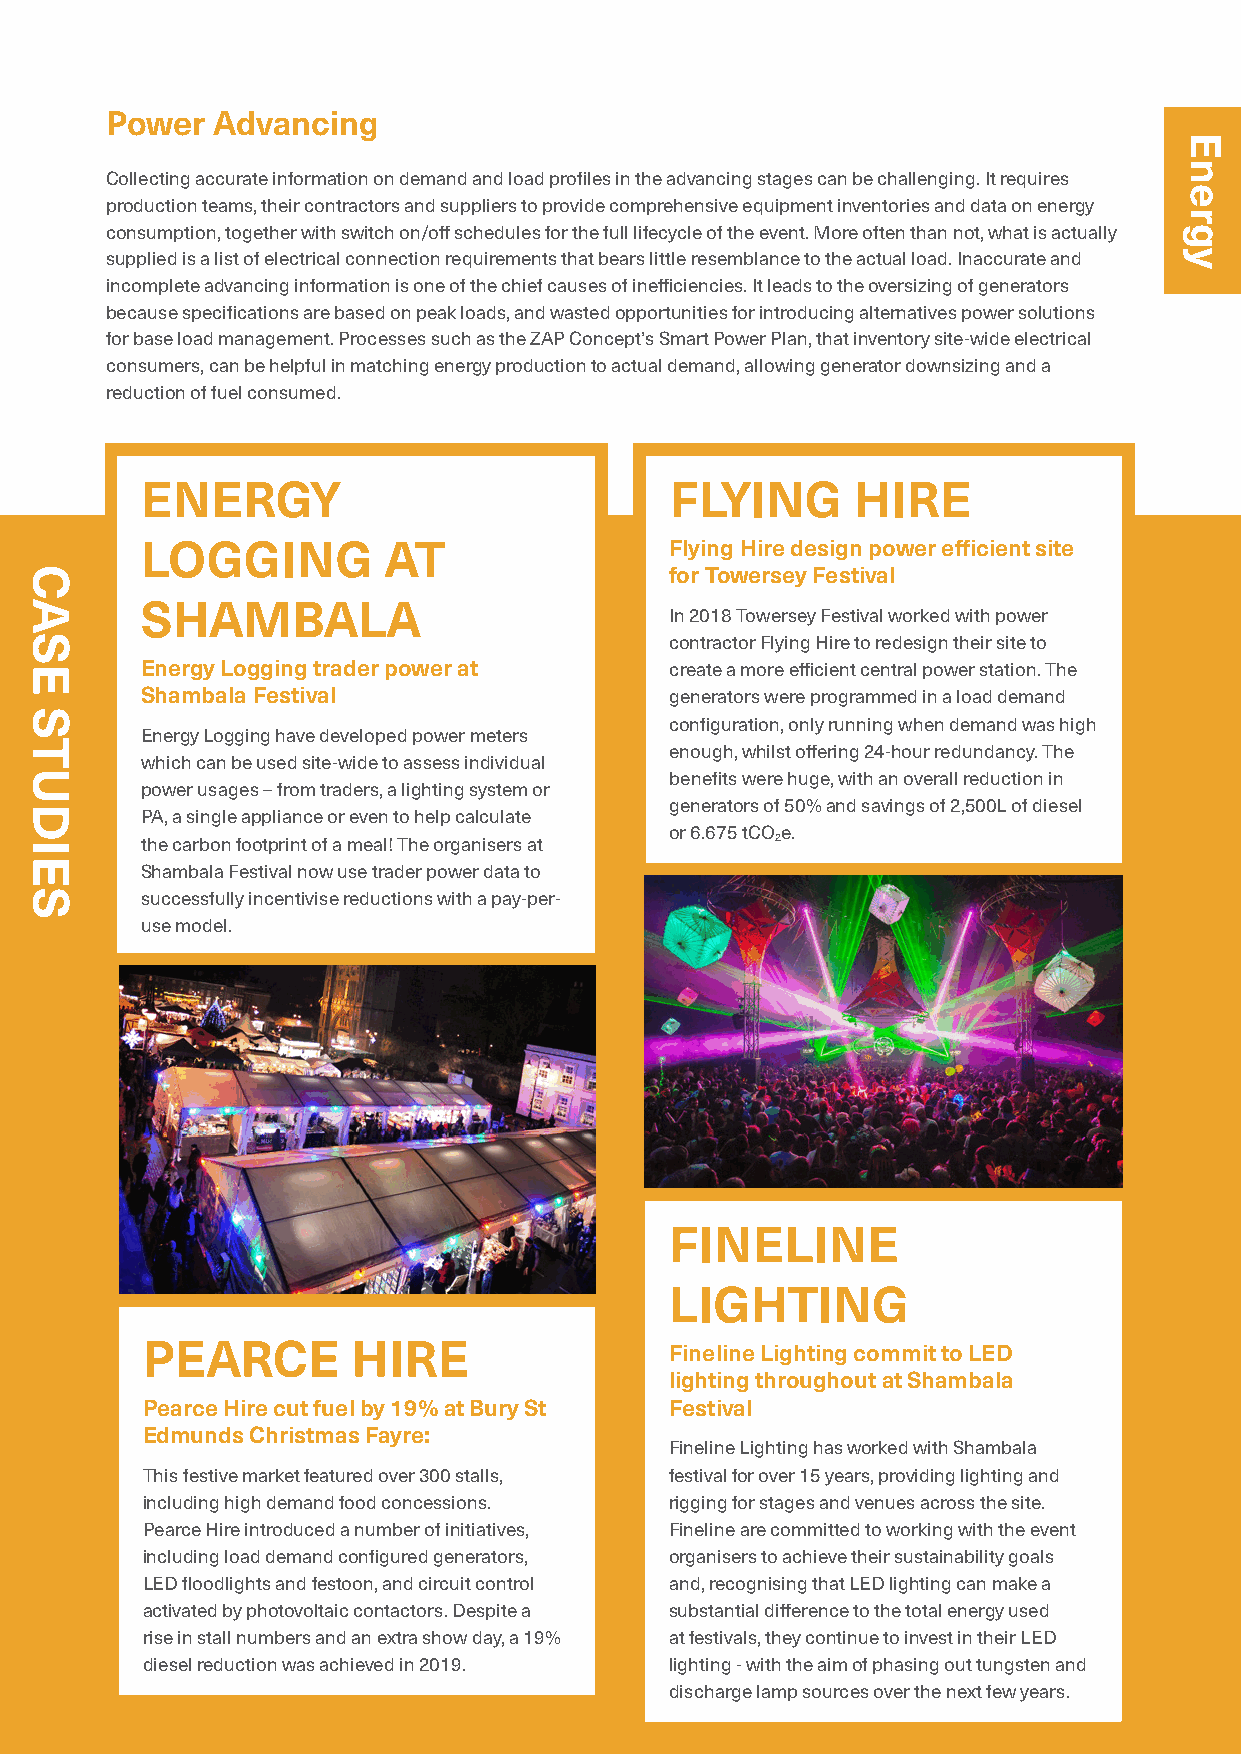
Power  Advancing
 Collecting accurate information on demand and load profiles in the advancing stages can be challenging. It requires
 production teams, their contractors and suppliers to provide comprehensive equipment inventories and data on energy
 consumption, together with switch on/off schedules for the full lifecycle of the event. More often than not, what is actually
 supplied is a list of electrical connection requirements that bears little resemblance to the actual load. Inaccurate and
 incomplete advancing information is one of the chief causes of inefficiencies. It leads to the oversizing of generators
 because specifications are based on peak loads, and wasted opportunities for introducing alternatives power solutions
 for base load management. Processes such as the ZAP Concept’s Smart Power Plan, that inventory site-wide electrical
 consumers, can be helpful in matching energy production to actual demand, allowing generator downsizing and a
 reduction of fuel consumed.
 ENERGY                             FLYING      HIRE
 LOGGING         AT                 Flying Hire design power efficient site
 for Towersey Festival
 SHAMBALA
 In 2018 Towersey Festival worked with power
 contractor Flying Hire to redesign their site to
 Energy Logging trader power at     create a more efficient central power station. The
 Shambala Festival                  generators were programmed in a load demand
 configuration, only running when demand was high
 Energy Logging have developed power meters
 enough, whilst offering 24-hour redundancy. The
 which can be used site-wide to assess individual
 benefits were huge, with an overall reduction in
 power usages – from traders, a lighting system or
 generators of 50% and savings of 2,500L of diesel
 PA, a single appliance or even to help calculate
 or 6.675 tCOe.
 the carbon footprint of a meal! The organisers at 2
 Shambala Festival now use trader power data to
 successfully incentivise reductions with a pay-per-
 use model.
 FINELINE
 LIGHTING
 PEARCE        HIRE                 Fineline Lighting commit to LED
 lighting throughout at Shambala
 Pearce Hire cut fuel by 19% at Bury St Festival
 Edmunds Christmas Fayre:
 Fineline Lighting has worked with Shambala
 This festive market featured over 300 stalls, festival for over 15 years, providing lighting and
 including high demand food concessions. rigging for stages and venues across the site.
 Pearce Hire introduced a number of initiatives, Fineline are committed to working with the event
 including load demand configured generators, organisers to achieve their sustainability goals
 LED floodlights and festoon, and circuit control and, recognising that LED lighting can make a
 activated by photovoltaic contactors. Despite a substantial difference to the total energy used
 rise in stall numbers and an extra show day, a 19% at festivals, they continue to invest in their LED
 diesel reduction was achieved in 2019. lighting - with the aim of phasing out tungsten and
 30                                       discharge lamp sources over the next few years.
 CASE
 STUDIES
 Energy